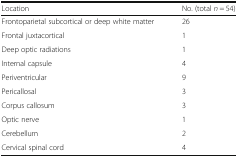
| Location | No. (total n = 54) |
 | --- | --- |
 | Frontoparietal subcortical or deep white matter | 26 |
 | Frontal juxtacortical | 1 |
 | Deep optic radiations | 1 |
 | Internal capsule | 4 |
 | Periventricular | 9 |
 | Pericallosal | 3 |
 | Corpus callosum | 3 |
 | Optic nerve | 1 |
 | Cerebellum | 2 |
 | Cervical spinal cord | 4 |